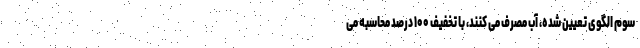
سوم الگوی تعیین شده، آب مصرف می کنند، با تخفیف ۱۰۰ درصد محاسبه می